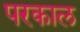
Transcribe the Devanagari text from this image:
परकाल